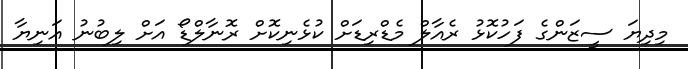
މިދިޔަ ސީޒަންގެ ފަހުކޮޅު ރެއާލް މެޑްރިޑަށް ކުޅެނިކޮށް ރޮނާލްޑޯ އަށް ލިބުނު އަނިޔާ